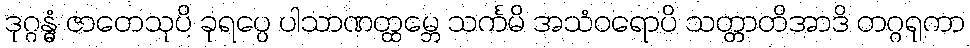
ဒုဂ္ဂန္ဓံ ဇာတေသုပိ ခုရပ္ပေ ပါသာဏတ္ထမ္ဘေ သင်္ကမိ အသံဝရောပိ သတ္တာတိအာဒိ တဂ္ဂရုကာ